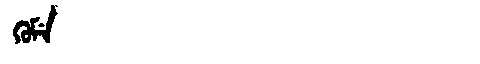
Manchu: ᡴᡠᠮᡝ
Romanization: KUME